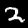
Label: 2